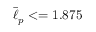
\bar { \ell } _ { p } < = 1 . 8 7 5